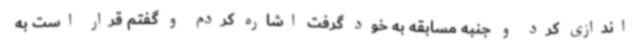
اندازی کرد و جنبه مسابقه به خود گرفت اشاره کردم و گفتم قرار است به